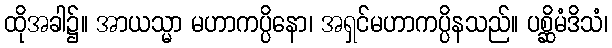
ထိုအခါ၌။ အာယသ္မာ မဟာကပ္ပိနော၊ အရှင်မဟာကပ္ပိနသည်။ ပစ္ဆိမံဒိသံ၊